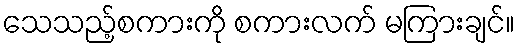
သေသည့်စကားကို စကားလက် မကြားချင်။